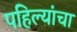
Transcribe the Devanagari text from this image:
पहिल्यांचा